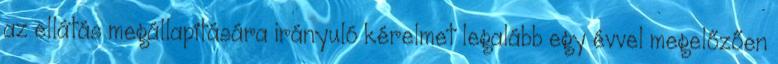
az ellátás megállapítására irányuló kérelmet legalább egy évvel megelőzően